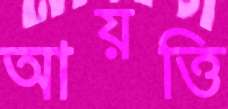
আয়ত্তি